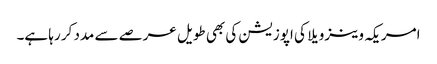
امریکہ وینزویلا کی اپوزیشن کی بھی طویل عرصے سے مدد کر رہا ہے۔